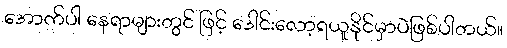
အောက်ပါ နေရာများတွင် ဖြင့် ဒေါင်းလော့ရယူနိုင်မှာပဲဖြစ်ပါတယ်။